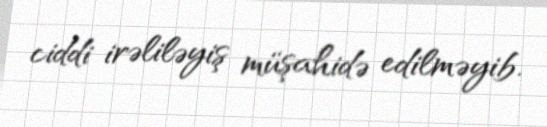
ciddi irəliləyiş müşahidə edilməyib.